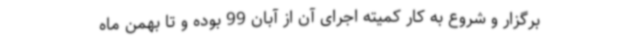
برگزار و شروع به کار کمیته اجرای آن از آبان 99 بوده و تا بهمن ماه